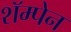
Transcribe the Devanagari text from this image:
शॅम्पेन